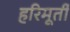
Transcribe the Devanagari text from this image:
हरिमूर्ती